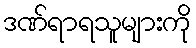
ဒဏ်ရာရသူများကို